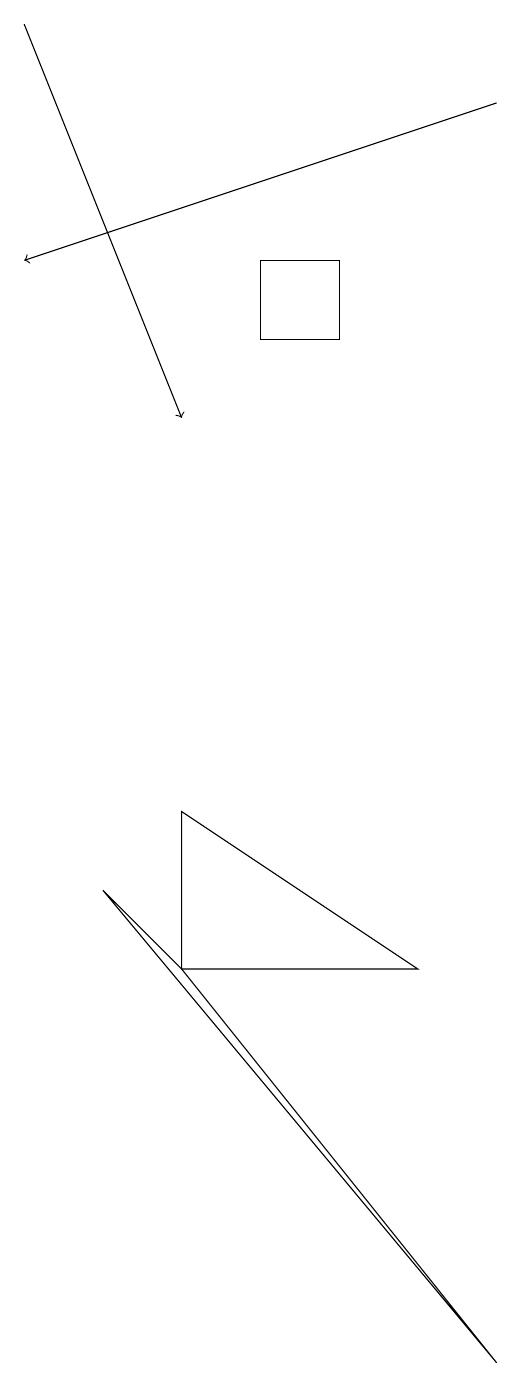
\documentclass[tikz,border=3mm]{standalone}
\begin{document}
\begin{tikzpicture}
\draw (3,8) -- (6,6) -- (3,6) -- cycle;
\draw (4,15) rectangle (5,14);
\draw[->] (7,17) -- (1,15);
\draw (2,7) -- (7,1) -- (3,6) -- cycle;
\draw[->] (1,18) -- (3,13);
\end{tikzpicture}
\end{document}